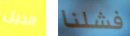
الحيل فشلنا